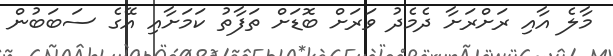
މާލެ އާއި ރަށްރަށާ ދެމެދު ވަރަށް ބޮޑަށް ތަފާތު ކަމަށާއި އޭގެ ސަބަބުން